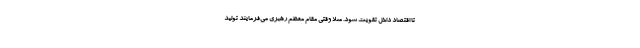
تا اقتصاد داخل تقویت شود. مثلا وقتی مقام معظم رهبری می‌فرمایند تولید